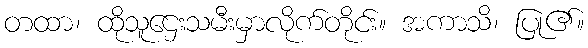
တထာ၊ ထိုသူဌေးသမီးမှာလိုက်တိုင်း။ အကာသိ၊ ပြု၏။